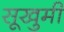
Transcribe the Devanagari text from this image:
सूखुमी